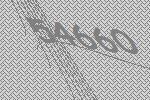
54660